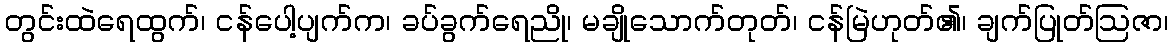
တွင်းထဲရေထွက်၊ ငန်ပေါ့ပျက်က၊ ခပ်ခွက်ရေညို၊ မချိုသောက်တုတ်၊ ငန်မြဲဟုတ်၏၊ ချက်ပြုတ်ဩဇာ၊